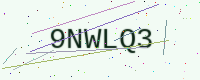
Text: 9NWLQ3